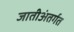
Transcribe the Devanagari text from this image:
जातीअंतर्गत